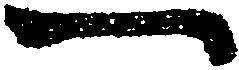
一